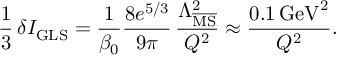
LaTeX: \frac { 1 } { 3 } \, \delta I _ { \mathrm { G L S } } = \frac { 1 } { \beta _ { 0 } } \frac { 8 e ^ { 5 / 3 } } { 9 \pi } \, \frac { \Lambda _ { \overline { { \mathrm { M S } } } } ^ { 2 } } { Q ^ { 2 } } \approx \frac { 0 . 1 \, \mathrm { G e V } ^ { 2 } } { Q ^ { 2 } } .